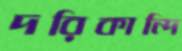
দরিকান্দি